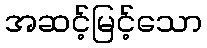
အဆင့်မြင့်သော